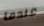
عندما